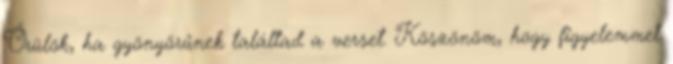
Örülök, ha gyönyörűnek találtad a verset. Köszönöm, hogy figyelemmel